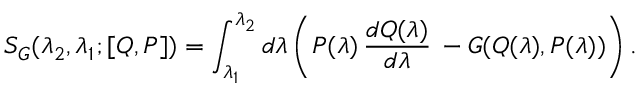
S _ { G } ( \lambda _ { 2 } , \lambda _ { 1 } ; [ Q , P ] ) = \int _ { \lambda _ { 1 } } ^ { \lambda _ { 2 } } d \lambda \left( P ( \lambda ) \, { \frac { d Q ( \lambda ) } { d \lambda } } \, - G ( Q ( \lambda ) , P ( \lambda ) ) \right) .